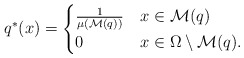
\begin{align*} q^*(x) = \begin{cases} \frac{1}{\mu(\mathcal M(q))} & x\in \mathcal M(q)\\ 0 & x\in \Omega\setminus \mathcal M(q). \end{cases}\end{align*}